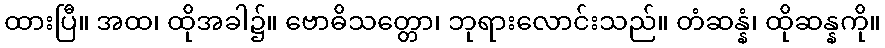
ထားပြီ။ အထ၊ ထိုအခါ၌။ ဗောဓိသတ္တော၊ ဘုရားလောင်းသည်။ တံဆန္နံ၊ ထိုဆန္နကို။